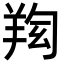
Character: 𦍿